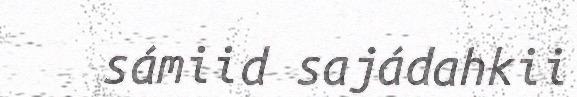
sámiid sajádahkii